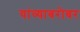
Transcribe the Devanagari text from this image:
यांव्याबरोबर